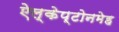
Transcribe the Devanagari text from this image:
ऐल्केप्टोनमेह